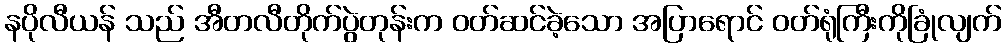
နပိုလီယန် သည် အီတလီတိုက်ပွဲတုန်းက ဝတ်ဆင်ခဲ့သော အပြာရောင် ဝတ်ရုံကြီးကိုခြုံလျက်